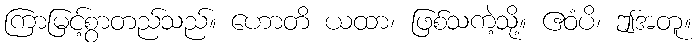
ကြာမြင့်စွာတည်သည်။ ဟောတိ ယထာ၊ ဖြစ်သကဲ့သို့။ ဧဝံပိ၊ ဤအတူ။